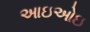
આઇઓઇ